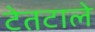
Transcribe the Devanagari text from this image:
टेतटाले